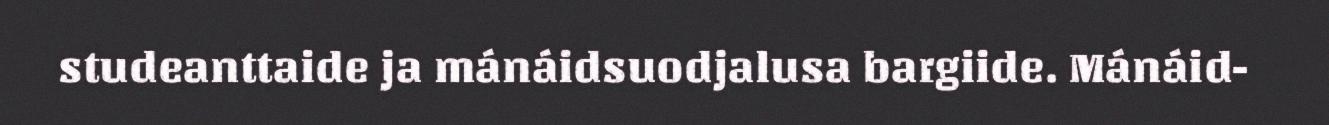
studeanttaide ja mánáidsuodjalusa bargiide. Mánáid-